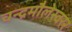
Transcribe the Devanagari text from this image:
चन्द्रमौलेस्वरर